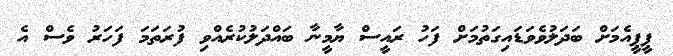
ޕީޕީއެމަށް ބަދަލުވެވަޑައިގަތުމަށް ފަހު ރައީސް ޔާމީނާ ބައްދަލުކުރެއްވި ފުރަތަމަ ފަހަރު ވެސް އެ